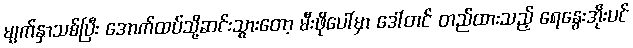
မျက်နှာသစ်ပြီး အောက်ထပ်သို့ဆင်းသွားတော့ မီးဖိုပေါ်မှာ ဒေါ်တင် တည်ထားသည့် ရေနွေးအိုးပင်